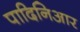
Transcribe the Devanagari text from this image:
पादिनिआर